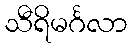
သီရိမင်္ဂလာ